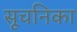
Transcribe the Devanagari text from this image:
सूचनिका